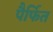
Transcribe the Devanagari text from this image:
पैर्फित